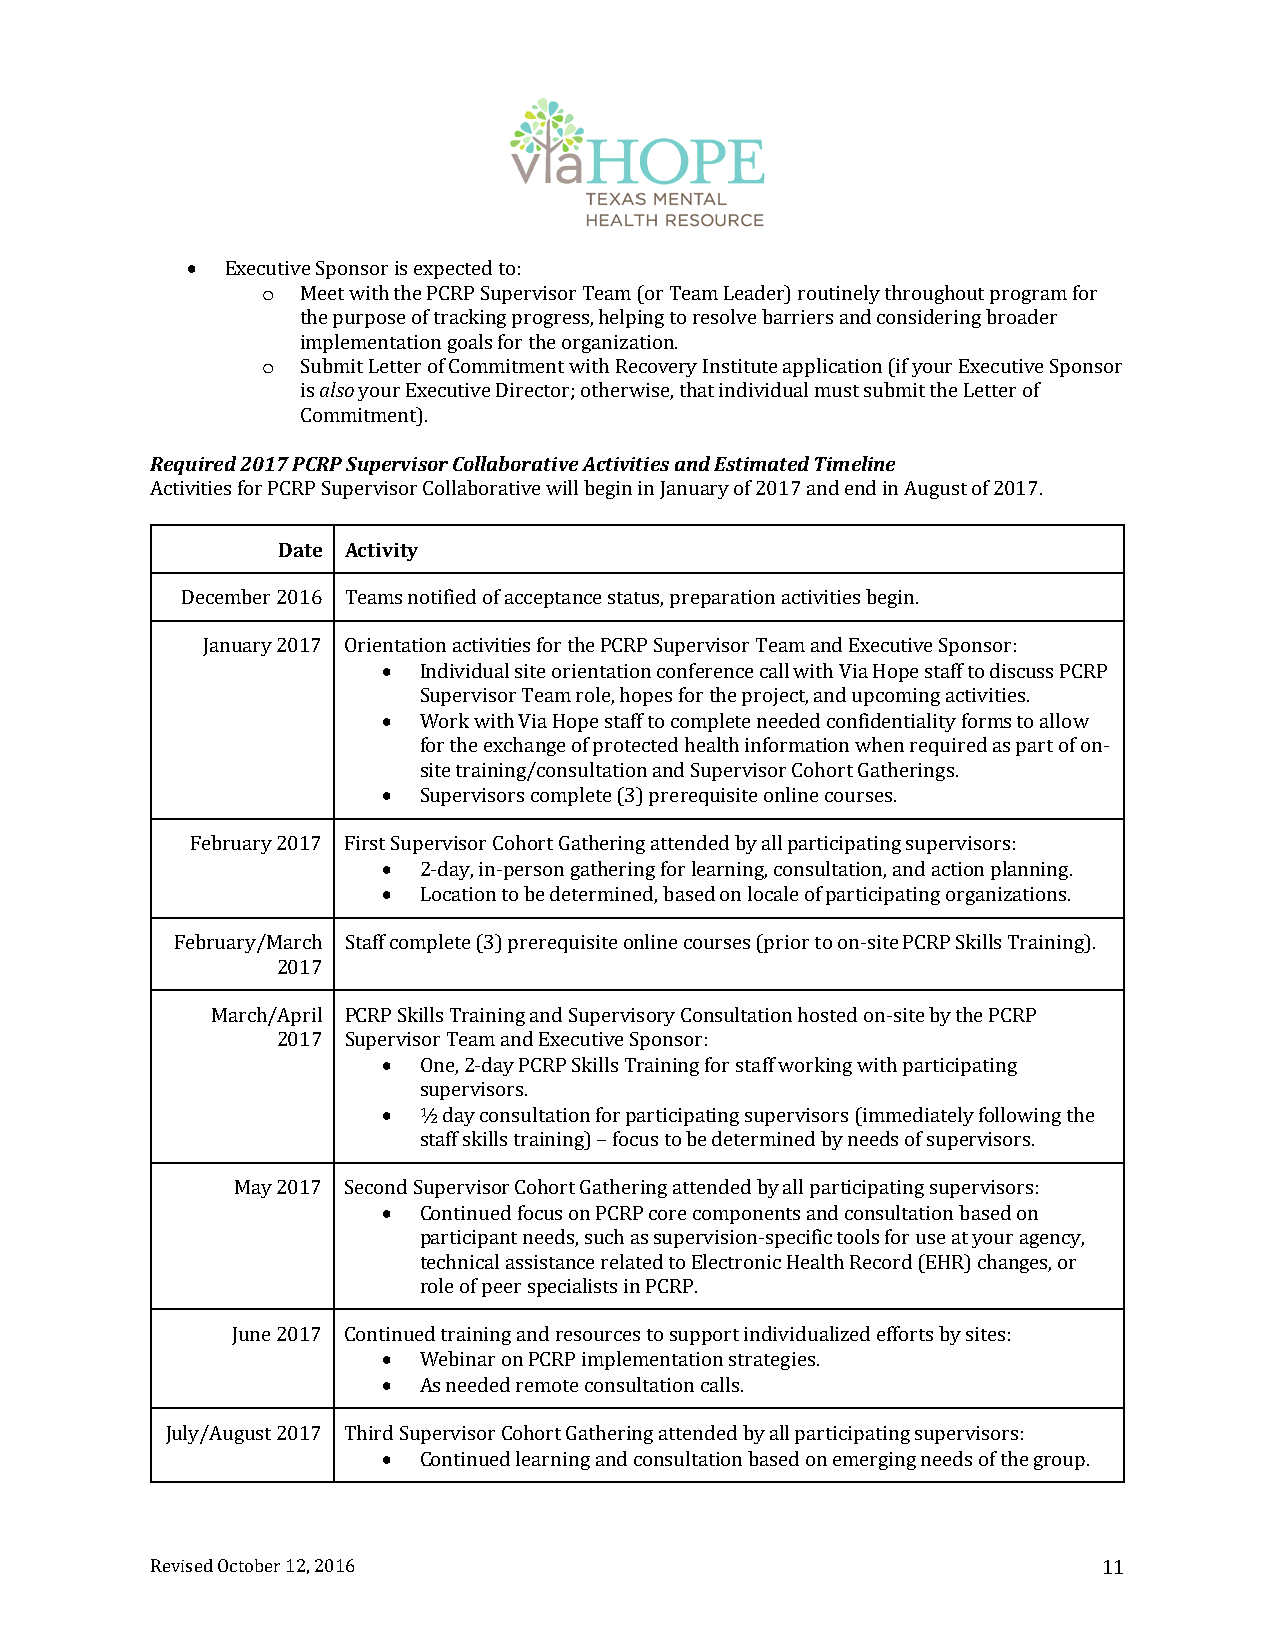
  Executive Sponsor is expected to:
 o  Meet with the PCRP Supervisor Team (or Team Leader) routinely throughout program for
 the purpose of tracking progress, helping to resolve barriers and considering broader
 implementation goals for the organization.
 o  Submit Letter of Commitment with Recovery Institute application (if your Executive Sponsor
 is also your Executive Director; otherwise, that individual must submit the Letter of
 Commitment).
 Required 2017 PCRP Supervisor Collaborative Activities and Estimated Timeline
 Activities for PCRP Supervisor Collaborative will begin in January of 2017 and end in August of 2017.
 Date Activity
 December 2016 Teams notified of acceptance status, preparation activities begin.
 January 2017 Orientation activities for the PCRP Supervisor Team and Executive Sponsor:
   Individual site orientation conference call with Via Hope staff to discuss PCRP
 Supervisor Team role, hopes for the project, and upcoming activities.
   Work with Via Hope staff to complete needed confidentiality forms to allow
 for the exchange of protected health information when required as part of on‐
 site training/consultation and Supervisor Cohort Gatherings.
   Supervisors complete (3) prerequisite online courses.
 February 2017 First Supervisor Cohort Gathering attended by all participating supervisors:
   2‐day, in‐person gathering for learning, consultation, and action planning.
   Location to be determined, based on locale of participating organizations.
 February/March Staff complete (3) prerequisite online courses (prior to on‐site PCRP Skills Training).
 2017
 March/April PCRP Skills Training and Supervisory Consultation hosted on‐site by the PCRP
 2017 Supervisor Team and Executive Sponsor:
   One, 2‐day PCRP Skills Training for staff working with participating
 supervisors.
   ½ day consultation for participating supervisors (immediately following the
 staff skills training) – focus to be determined by needs of supervisors.
 May 2017 Second Supervisor Cohort Gathering attended by all participating supervisors:
   Continued focus on PCRP core components and consultation based on
 participant needs, such as supervision‐specific tools for use at your agency,
 technical assistance related to Electronic Health Record (EHR) changes, or
 role of peer specialists in PCRP.
 June 2017 Continued training and resources to support individualized efforts by sites:
   Webinar on PCRP implementation strategies.
   As needed remote consultation calls.
 July/August 2017 Third Supervisor Cohort Gathering attended by all participating supervisors:
   Continued learning and consultation based on emerging needs of the group.
 Revised October 12, 2016                                       11